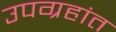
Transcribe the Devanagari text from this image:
उपग्रहांत